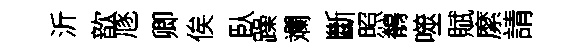
沂歆豗卿俟臥躁斕斷照鶺噬賦縻請